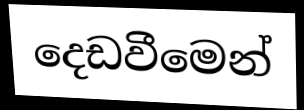
දෙඩවීමෙන්